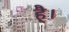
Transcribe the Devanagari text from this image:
है्।